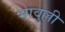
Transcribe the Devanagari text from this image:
भावुल्ली